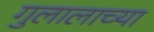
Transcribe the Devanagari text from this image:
गुलालाच्या